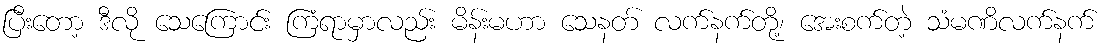
ပြီးတော့ ဒီလို သေကြောင်း ကြံရာမှာလည်း မိန်းမဟာ သေနတ် လက်နက်တို့၊ အေးစက်တဲ့ သံမဏိလက်နက်